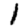
Digit: 1